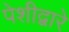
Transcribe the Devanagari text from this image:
पेशीद्वारे